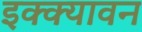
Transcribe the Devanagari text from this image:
इक्क्यावन